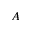
A